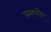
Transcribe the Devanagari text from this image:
पमपोर